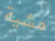
مشية